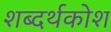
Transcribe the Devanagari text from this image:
शब्दर्थकोश